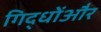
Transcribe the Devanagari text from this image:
गिद्धोंऔर